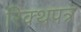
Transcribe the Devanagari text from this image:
रिक्थपत्र